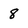
Character: 8